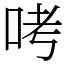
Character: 𠱼